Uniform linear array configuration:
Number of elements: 4
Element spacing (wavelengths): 0.75
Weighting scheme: cosine
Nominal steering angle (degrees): -60
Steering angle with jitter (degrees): -58.993
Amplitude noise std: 0.05
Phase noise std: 0.05

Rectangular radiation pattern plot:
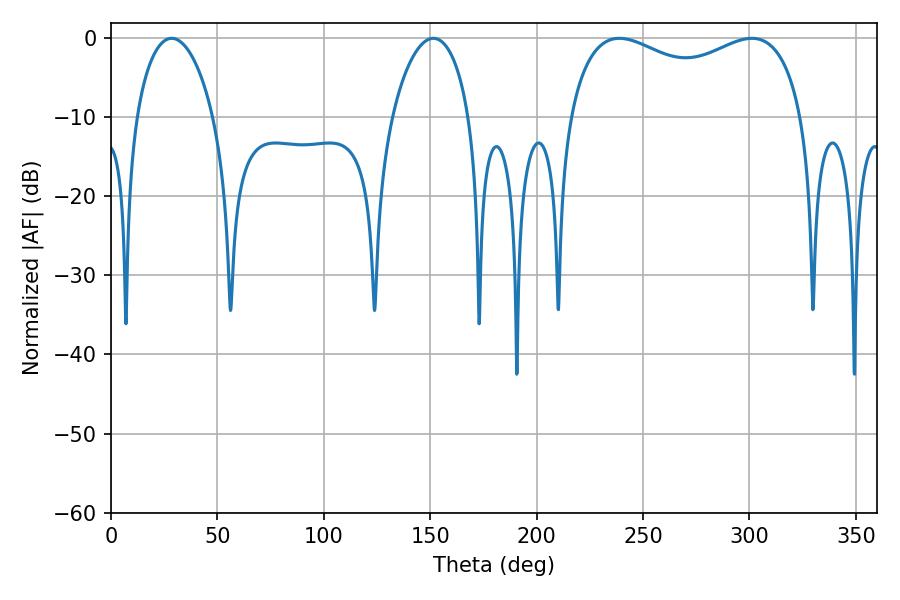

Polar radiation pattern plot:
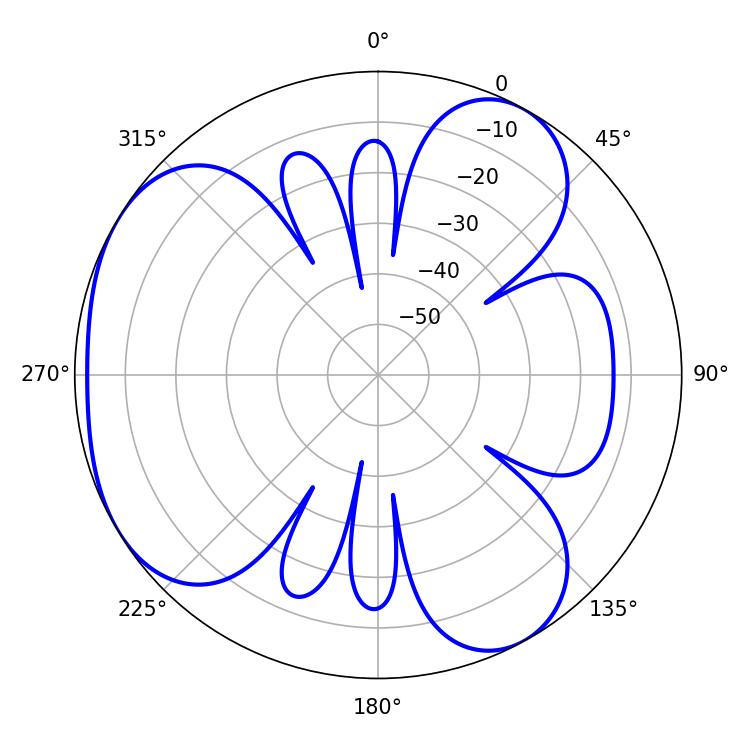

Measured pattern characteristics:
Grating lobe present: TRUE
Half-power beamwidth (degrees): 91.44
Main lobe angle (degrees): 238.86